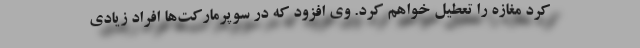
کرد مغازه را تعطیل خواهم کرد. وی افزود که در سوپرمارکت‌ها افراد زیادی